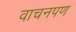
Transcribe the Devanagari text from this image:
वाचनपण